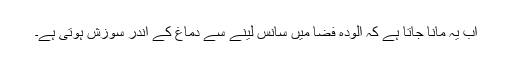
اب یہ مانا جاتا ہے کہ آلودہ فضا میں سانس لینے سے دماغ کے اندر سوزش ہوتی ہے۔